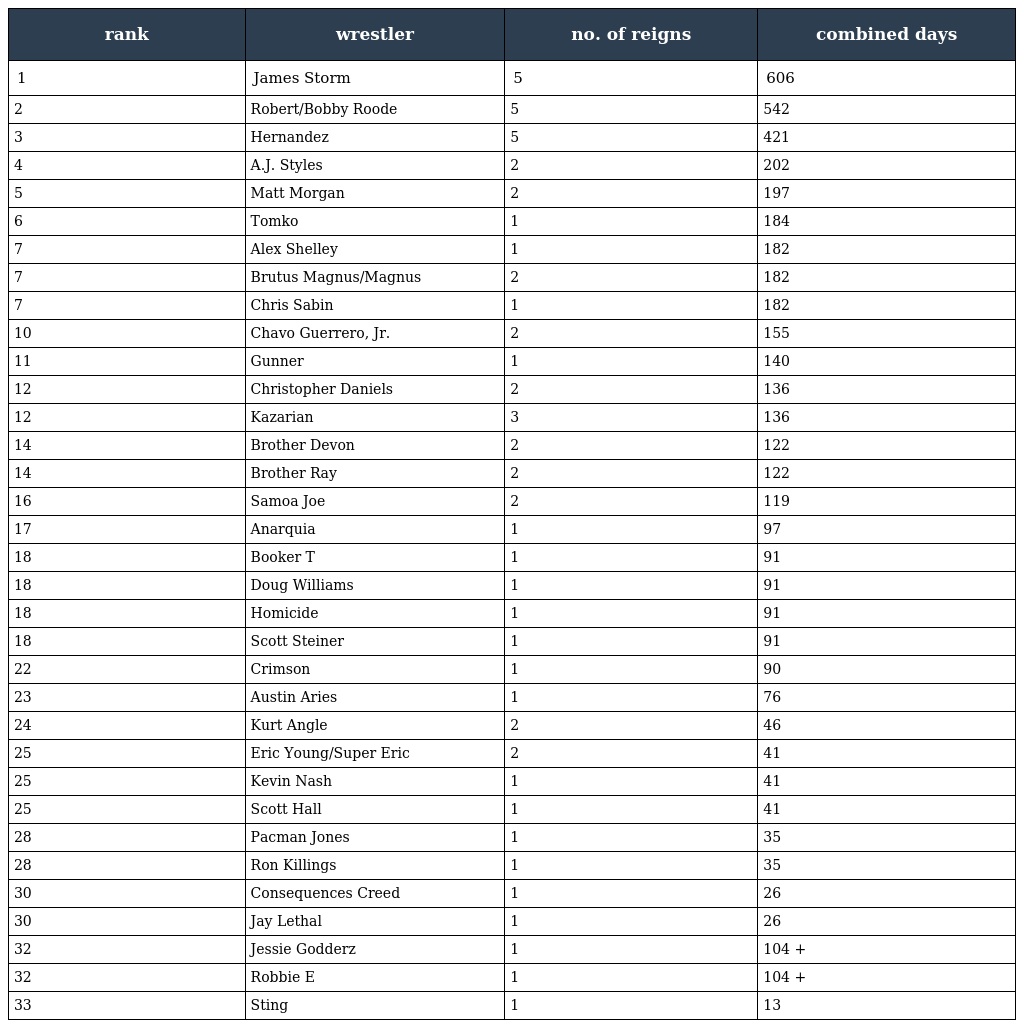
| rank | wrestler | no. of reigns | combined days |
 | --- | --- | --- | --- |
 | 1 | James Storm | 5 | 606 |
 | 2 | Robert/Bobby Roode | 5 | 542 |
 | 3 | Hernandez | 5 | 421 |
 | 4 | A.J. Styles | 2 | 202 |
 | 5 | Matt Morgan | 2 | 197 |
 | 6 | Tomko | 1 | 184 |
 | 7 | Alex Shelley | 1 | 182 |
 | 7 | Brutus Magnus/Magnus | 2 | 182 |
 | 7 | Chris Sabin | 1 | 182 |
 | 10 | Chavo Guerrero, Jr. | 2 | 155 |
 | 11 | Gunner | 1 | 140 |
 | 12 | Christopher Daniels | 2 | 136 |
 | 12 | Kazarian | 3 | 136 |
 | 14 | Brother Devon | 2 | 122 |
 | 14 | Brother Ray | 2 | 122 |
 | 16 | Samoa Joe | 2 | 119 |
 | 17 | Anarquia | 1 | 97 |
 | 18 | Booker T | 1 | 91 |
 | 18 | Doug Williams | 1 | 91 |
 | 18 | Homicide | 1 | 91 |
 | 18 | Scott Steiner | 1 | 91 |
 | 22 | Crimson | 1 | 90 |
 | 23 | Austin Aries | 1 | 76 |
 | 24 | Kurt Angle | 2 | 46 |
 | 25 | Eric Young/Super Eric | 2 | 41 |
 | 25 | Kevin Nash | 1 | 41 |
 | 25 | Scott Hall | 1 | 41 |
 | 28 | Pacman Jones | 1 | 35 |
 | 28 | Ron Killings | 1 | 35 |
 | 30 | Consequences Creed | 1 | 26 |
 | 30 | Jay Lethal | 1 | 26 |
 | 32 | Jessie Godderz | 1 | 104 + |
 | 32 | Robbie E | 1 | 104 + |
 | 33 | Sting | 1 | 13 |